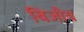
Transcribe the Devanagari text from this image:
बिजौय